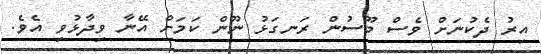
އިރު ދެކުނަށް ވެސް މޫސުން ރަނގަޅު ނޫން ކަމަށް އޭނާ ވިދާޅުވި އެވެ.